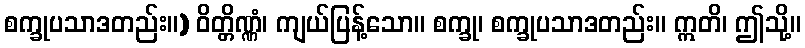
စက္ခုပသာဒတည်း။) ဝိတ္တိဏ္ဏံ၊ ကျယ်ပြန့်သော။ စက္ခု၊ စက္ခုပသာဒတည်း။ ဣတိ၊ ဤသို့။